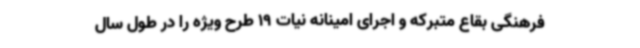
فرهنگی بقاع متبرکه و اجرای امینانه نیات 19 طرح ویژه را در طول سال